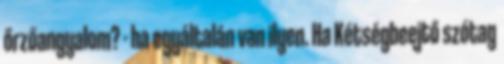
őrzőangyalom? - ha egyáltalán van ilyen. Ha Kétségbeejtő szótag